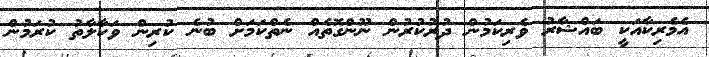
އެމެރިކާއަކީ ބައްޝާރު ވެރިކަމުން ދުރުކުރުން ނޫންގޮތެއް ނެތްކަމަށް ބުނެ ކުރިން ވަކާލާތު ކުރަމުން